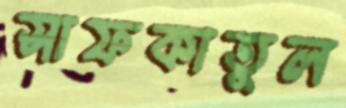
সাফকাতুল